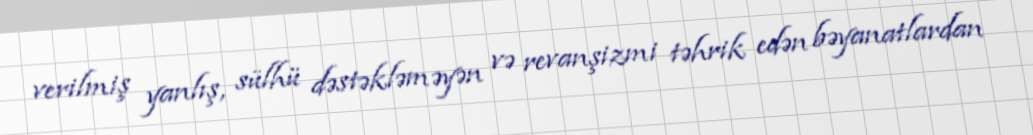
verilmiş yanlış, sülhü dəstəkləməyən və revanşizmi təhrik edən bəyanatlardan